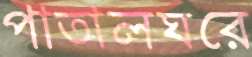
পাতালঘরে